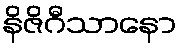
နိဇိဂီသာနော